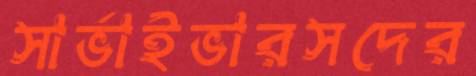
সার্ভাইভারসদের